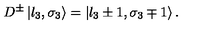
D ^ { \pm } \left| l _ { 3 } , \sigma _ { 3 } \right\rangle = \left| l _ { 3 } \pm 1 , \sigma _ { 3 } \mp 1 \right\rangle .